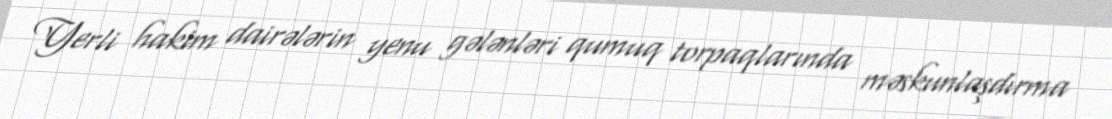
Yerli hakim dairələrin yenu gələnləri qumuq torpaqlarında məskunlaşdırma